Report of the King Institute of Preventive Medicine, Guindy
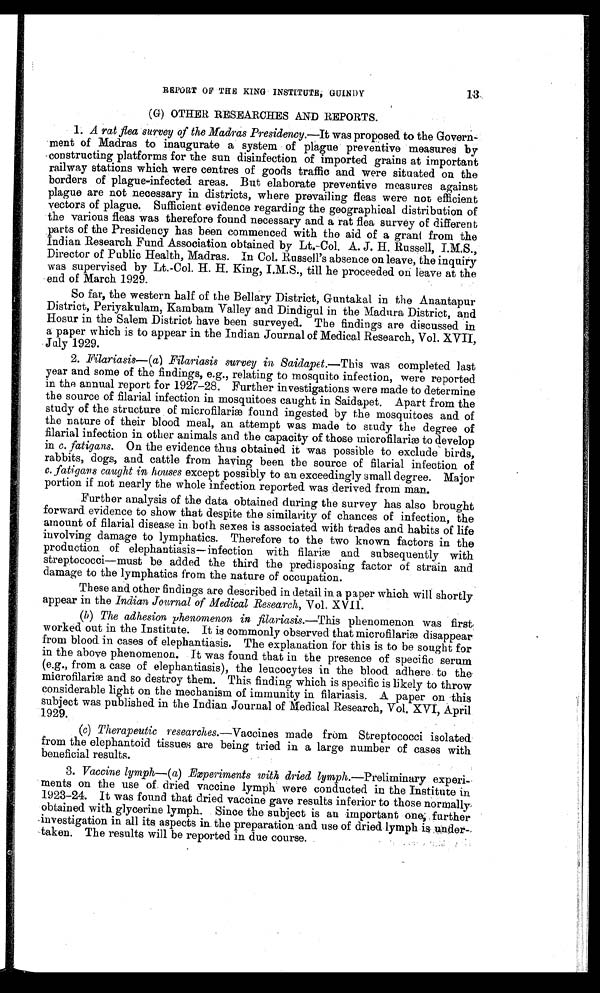
REPORT OF THE KING INSTITUTE GUINDY 13
(G) OTHER RESEARCHES AND REPORTS.
1. A rat flea, survey of the Madras Presidency.— It was proposed to the Govern
-ment of Madras to inaugurate a system of plague preventive measures by
constructing platforms for the sun disinfection of imported grains at important
railway stations which were centres of goods traffic and were situated on the
borders of plague-infected areas. But elaborate preventive measures against
plague are not necessary in districts, where prevailing fleas were not efficient
vectors of plague. Sufficient evidence regarding the geographical distribution of
the various fleas was therefore found necessary and a rat flea survey of different
parts of the Presidency has been commenced with the aid of a grant from the
Indian Research Fund Association obtained by Lt.-Col. A. J. H. Russell,
I . M . S . , D i r e c t o r o f P u b l i c H e a l t h , M a d r a s . I n C o l . R u s s e l l ’ s a b s e n c e o n l e a v e , t h e i n q u i r y
was supervised by Lt.-Col. H. H. King, I.M.S., till he proceeded on leave at the
end of March 1929.
So far, the western half of the Bellary District, Guntakal in the Anantapur
District, Periyakulam, Kambam Valley and Dindigul in the Madura District, and
Hosur in the Salem District have been surveyed. The findings are discussed in
a paper which is to appear in the Indian Journal of Medical Research, Vol. XVII,
July 1929.
2. Filariasis— (a) Filariasis survey in Saidapet.— This was completed last
year and some of the findings, e.g., relating to mosquito infection, were reported
in the annual report for 1927-28. Further investigations were made to determine
the source of filarial infection in mosquitoes caught in Saidapet. Apart from the
study of the structure of microfilariæ found ingested by the mosquitoes and of
the nature of their blood meal, an attempt was made to study the degree of
filarial infection in other animals and the capacity of those microfilariæ to develop
in c. fatigans. On the evidence thus obtained it was possible to exclude birds,
rabbits, dogs, and cattle from having been the source of filarial infection of
c. fatigans caught in houses except possibly to an exceedingly small degree. Major
portion if not nearly the whole infection reported was derived from man.
Further analysis of the data obtained during the survey has also brought
forward evidence to show that despite the similarity of chances of infection, the
amount of filarial disease in both sexes is associated with trades and habits of life
involving damage to lymphatics. Therefore to the two known factors in the
production of elephantiasis—infection with filariæ and subsequently with
streptococci—must be added the third the predisposing factor of strain and
damage to the lymphatics from the nature of occupation.
These and other findings are described in detail in a paper which will shortly
appear in the Indian Journal of Medical Research, Vol. XVII.
(b)
The adhesion phenomenon in filariasis.— This phenomenon was first,
worked out in the Institute. It is commonly observed that microfilariæ disappear
from blood in cases of elephantiasis. The explanation for this is to be sought for
in the above phenomenon. It was found that in the presence of specific serum
(e.g., from a case of elephantiasis), the leucocytes in the blood adhere to the
microfilariæ and so destroy them. This finding which is specific is likely to throw
considerable light on the mechanism of immunity in filariasis. A paper on this
subject was published in the Indian Journal of Medical Research, Vol. XVI, April
1929.
(c) Therapeutic researches .—Vaccines made from Streptococci isolated
from the elephantoid tissues are being tried in a large number of cases with
beneficial results.
3. Vaccine lymph— ( a) Experiments with dried lymph. .—Preliminary experi
-ments on the use of dried vaccine lymph were conducted in the Institute in
1923-24. It was found that dried vaccine gave results inferior to those normally
obtained with glycerine lymph. Since the subject is an important one further
investigation in all its aspects in the preparation and use of dried lymph is under
-taken. The results will be reported in due course.